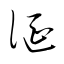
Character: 涎